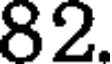
82.